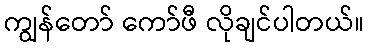
ကျွန်တော် ကော်ဖီ လိုချင်ပါတယ်။